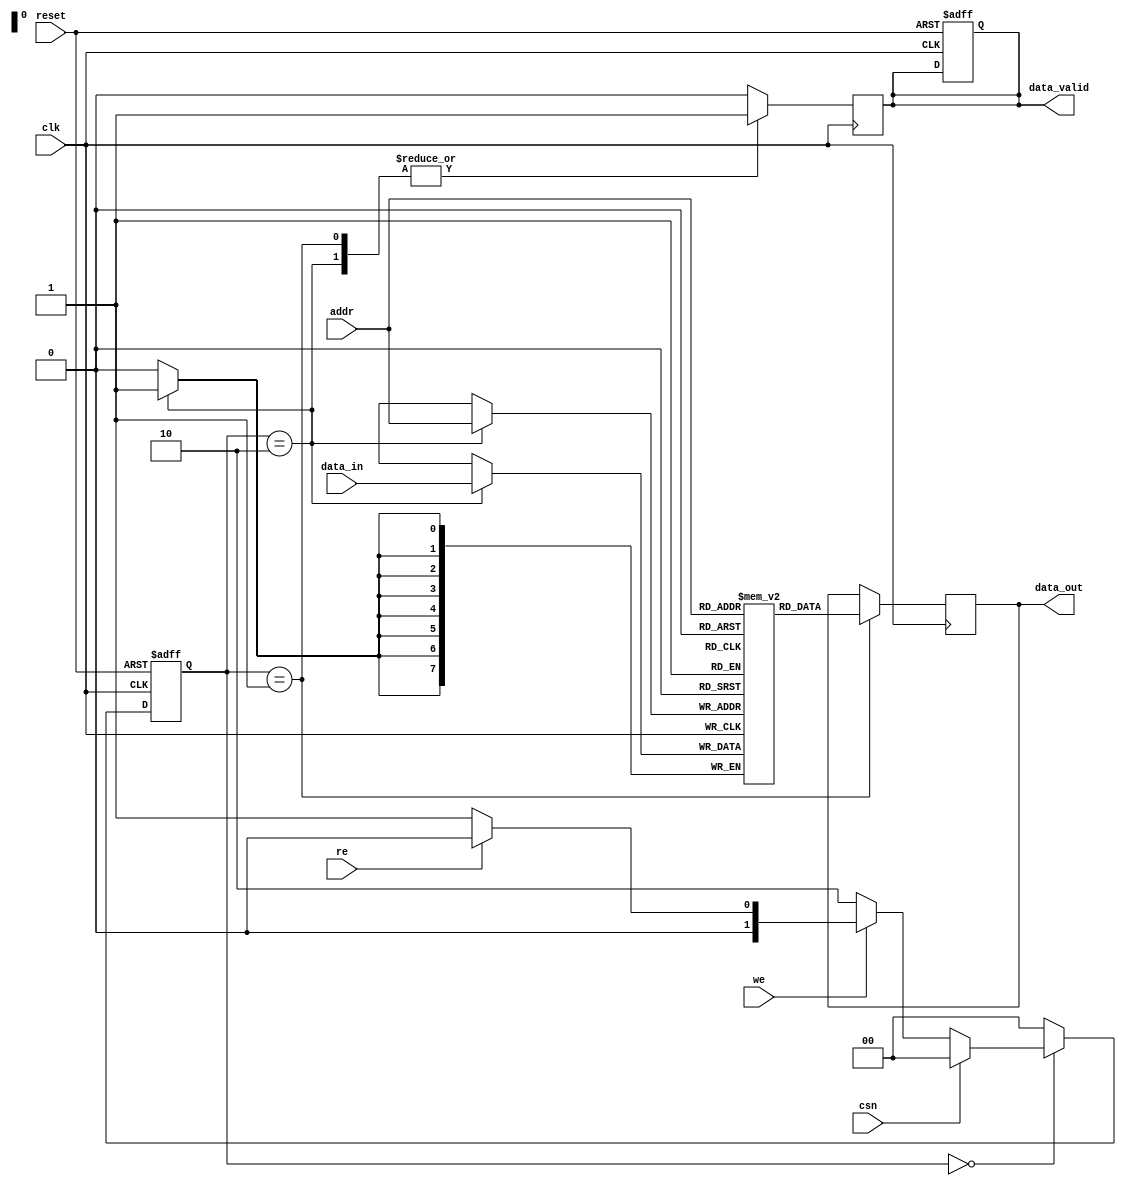
module EEPROM_IO_Block(
    input wire clk,                 // System clock
    input wire reset,               // Reset signal
    input wire csn,                 // Chip select (active low)
    input wire we,                  // Write enable (active low)
    input wire re,                  // Read enable (active low)
    input wire [ADDR_WIDTH-1:0] addr, // Address bus
    input wire [DATA_WIDTH-1:0] data_in, // Data input bus
    output reg [DATA_WIDTH-1:0] data_out, // Data output bus
    output reg data_valid           // Data valid indicator
);
    parameter ADDR_WIDTH = 8;      // Address width
    parameter DATA_WIDTH = 8;      // Data width
    localparam IDLE = 2'b00,        // State: Idle
               READ = 2'b01,        // State: Read
               WRITE = 2'b10,       // State: Write
               ERASE = 2'b11;       // State: Erase

    reg [1:0] state, next_state;    // State machine variables
    reg [DATA_WIDTH-1:0] memory [0:(1 << ADDR_WIDTH)-1]; // Memory array

    // State machine for controlling operations
    always @(posedge clk or posedge reset) begin
        if (reset) begin
            state <= IDLE;
            data_valid <= 1'b0;
        end else begin
            state <= next_state;
        end
    end

    // Next state logic
    always @(*) begin
        case (state)
            IDLE: begin
                if (!csn) begin
                    if (!we) begin
                        next_state = WRITE;
                    end else if (!re) begin
                        next_state = READ;
                    end else begin
                        next_state = IDLE;
                    end
                end else begin
                    next_state = IDLE;
                end
            end
            WRITE: next_state = IDLE; // Go back to IDLE after write
            READ: next_state = IDLE;  // Go back to IDLE after read
            default: next_state = IDLE;
        endcase
    end

    // Output logic for read and write operations
    always @(posedge clk) begin
        case (state)
            WRITE: begin
                memory[addr] <= data_in; // Write data to memory
                data_valid <= 1'b1; // Indicate data has been written
            end
            READ: begin
                data_out <= memory[addr]; // Read data from memory
                data_valid <= 1'b1; // Indicate data is valid
            end
            default: data_valid <= 1'b0; // Clear valid indicator in idle
        endcase
    end

    // Erase logic (not fully implemented; placeholder for actual operation)
    always @(posedge clk) begin
        if (!csn && !we && !re) begin
            // Placeholder for erase operation
            // Implement voltage and timing logic for erase operation
        end
    end
endmodule